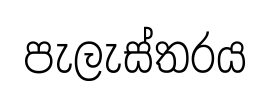
පැලැස්තරය